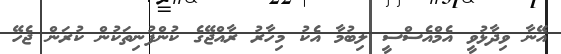
އޭނާ ވިދާޅުވީ އެމްއެސްސީ ލިބުމާ އެކު މިހާރު ރާއްޖޭގެ ކުންފުނިތަކުން ކުރަން ޖެހޭ